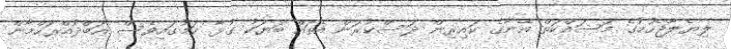
ލިޔެލާޖެހުމުގެ މަސައްކަތް އޭނާގެ ކައިރިން ދަސްކުރަން އެތައް ބަޔަކު ގުޅާ ކަމުގައިވެސް އަބްދުއްރަހްމާން